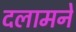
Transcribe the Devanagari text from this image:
दलामने